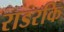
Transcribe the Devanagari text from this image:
राडरकि